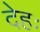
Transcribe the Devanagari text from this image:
देहः